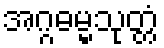
အဂ္ဂဓမ္မသုတ္တံ